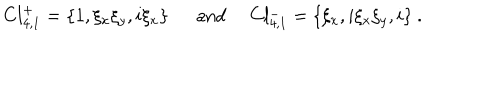
LaTeX: C l _ { 4 , 1 } ^ { + } = \{ 1 , \xi _ { x } \xi _ { y } , i \xi _ { x } \} \mathrm { a n d } ~ ~ C l _ { 4 , 1 } ^ { - } = \{ \xi _ { x } , i \xi _ { x } \xi _ { y } , i \} ~ .